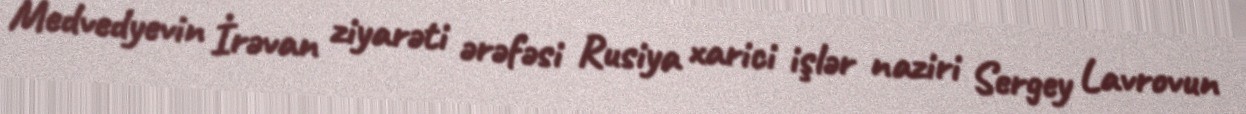
Medvedyevin İrəvan ziyarəti ərəfəsi Rusiya xarici işlər naziri Sergey Lavrovun